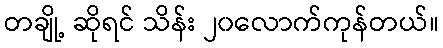
တချို့ ဆိုရင် သိန်း ၂၀လောက်ကုန်တယ်။